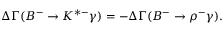
\Delta \Gamma ( B ^ { - } \to K ^ { * - } \gamma ) = - \Delta \Gamma ( B ^ { - } \to \rho ^ { - } \gamma ) .